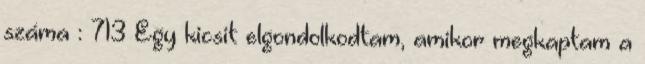
száma : 713 Egy kicsit elgondolkodtam, amikor megkaptam a